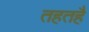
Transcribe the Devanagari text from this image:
तहतहै